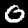
Digit: 0